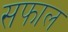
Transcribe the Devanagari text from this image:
सफाल